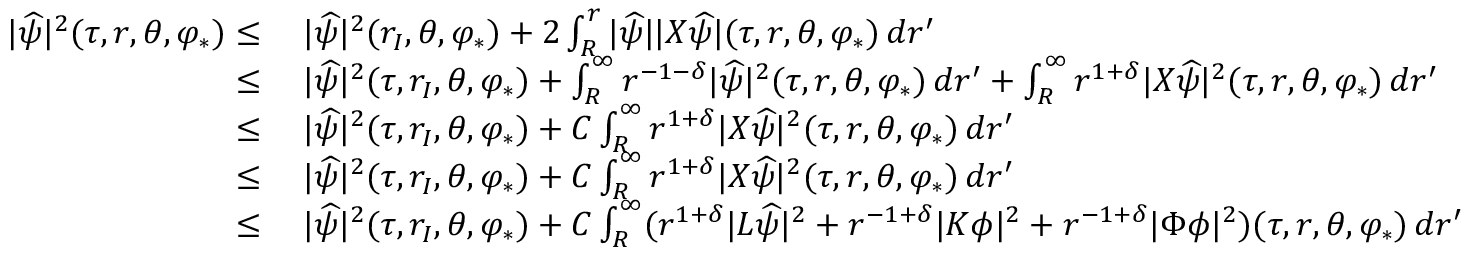
\begin{array} { r l } { | \widehat { \psi } | ^ { 2 } ( \tau , r , \theta , \varphi _ { * } ) \leq } & { \: | \widehat { \psi } | ^ { 2 } ( r _ { I } , \theta , \varphi _ { * } ) + 2 \int _ { R } ^ { r } | \widehat { \psi } | | X \widehat { \psi } | ( \tau , r , \theta , \varphi _ { * } ) \, d r ^ { \prime } } \\ { \leq } & { \: | \widehat { \psi } | ^ { 2 } ( \tau , r _ { I } , \theta , \varphi _ { * } ) + \int _ { R } ^ { \infty } r ^ { - 1 - \delta } | \widehat { \psi } | ^ { 2 } ( \tau , r , \theta , \varphi _ { * } ) \, d r ^ { \prime } + \int _ { R } ^ { \infty } r ^ { 1 + \delta } | X \widehat { \psi } | ^ { 2 } ( \tau , r , \theta , \varphi _ { * } ) \, d r ^ { \prime } } \\ { \leq } & { \: | \widehat { \psi } | ^ { 2 } ( \tau , r _ { I } , \theta , \varphi _ { * } ) + C \int _ { R } ^ { \infty } r ^ { 1 + \delta } | X \widehat { \psi } | ^ { 2 } ( \tau , r , \theta , \varphi _ { * } ) \, d r ^ { \prime } } \\ { \leq } & { \: | \widehat { \psi } | ^ { 2 } ( \tau , r _ { I } , \theta , \varphi _ { * } ) + C \int _ { R } ^ { \infty } r ^ { 1 + \delta } | X \widehat { \psi } | ^ { 2 } ( \tau , r , \theta , \varphi _ { * } ) \, d r ^ { \prime } } \\ { \leq } & { \: | \widehat { \psi } | ^ { 2 } ( \tau , r _ { I } , \theta , \varphi _ { * } ) + C \int _ { R } ^ { \infty } ( r ^ { 1 + \delta } | L \widehat { \psi } | ^ { 2 } + r ^ { - 1 + \delta } | K \phi | ^ { 2 } + r ^ { - 1 + \delta } | \Phi \phi | ^ { 2 } ) ( \tau , r , \theta , \varphi _ { * } ) \, d r ^ { \prime } } \end{array}